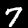
Digit: 7